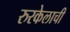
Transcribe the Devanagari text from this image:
रुरकेलाची